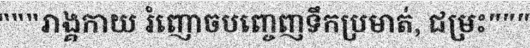
"""រាង្គកាយ រំញោចបញ្ចេញទឹកប្រមាត់, ជម្រះ"""